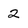
Character: 2